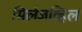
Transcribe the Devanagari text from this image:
मिलेजव्हिल